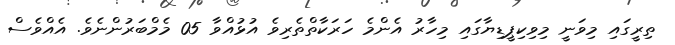
ތިރީގައި މިވަނީ މިވިކިޕީޑިޔާގައި މިހާރު އެންމެ ހަރަކާތްތެރިވެ އުޅުއްވާ 05 މެމްބަރުންނެވެ. އެއްވެސް